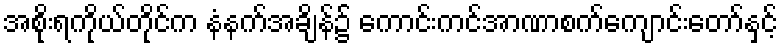
အစိုးရကိုယ်တိုင်က နံနက်အချိန်၌ ကောင်းကင်အာဏာစက်ကျောင်းတော်နှင့်